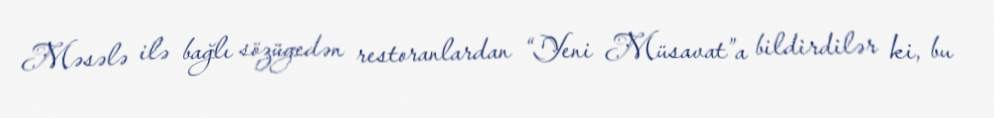
Məsələ ilə bağlı sözügedən restoranlardan “Yeni Müsavat”a bildirdilər ki, bu